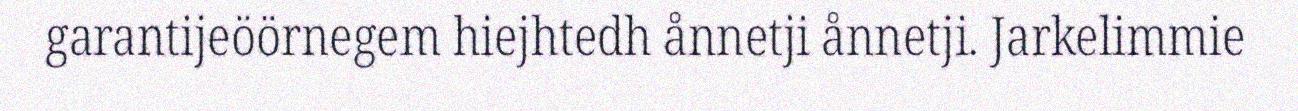
garantijeöörnegem hiejhtedh ånnetji ånnetji. Jarkelimmie